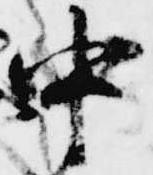
中